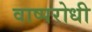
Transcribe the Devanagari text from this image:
वाष्परोधी